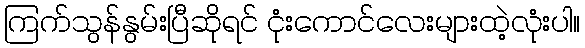
ကြက်သွန်နွမ်းပြီဆိုရင် ငုံးကောင်လေးများထဲ့လုံးပါ။